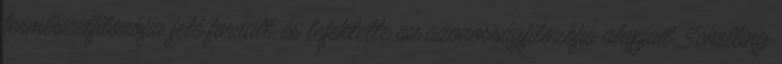
természetfilozófia felé fordult, és lefektette az azonosságfilozófia alapjait. Schelling